Seli_vallavalitsus_Parnumaal, lk 21
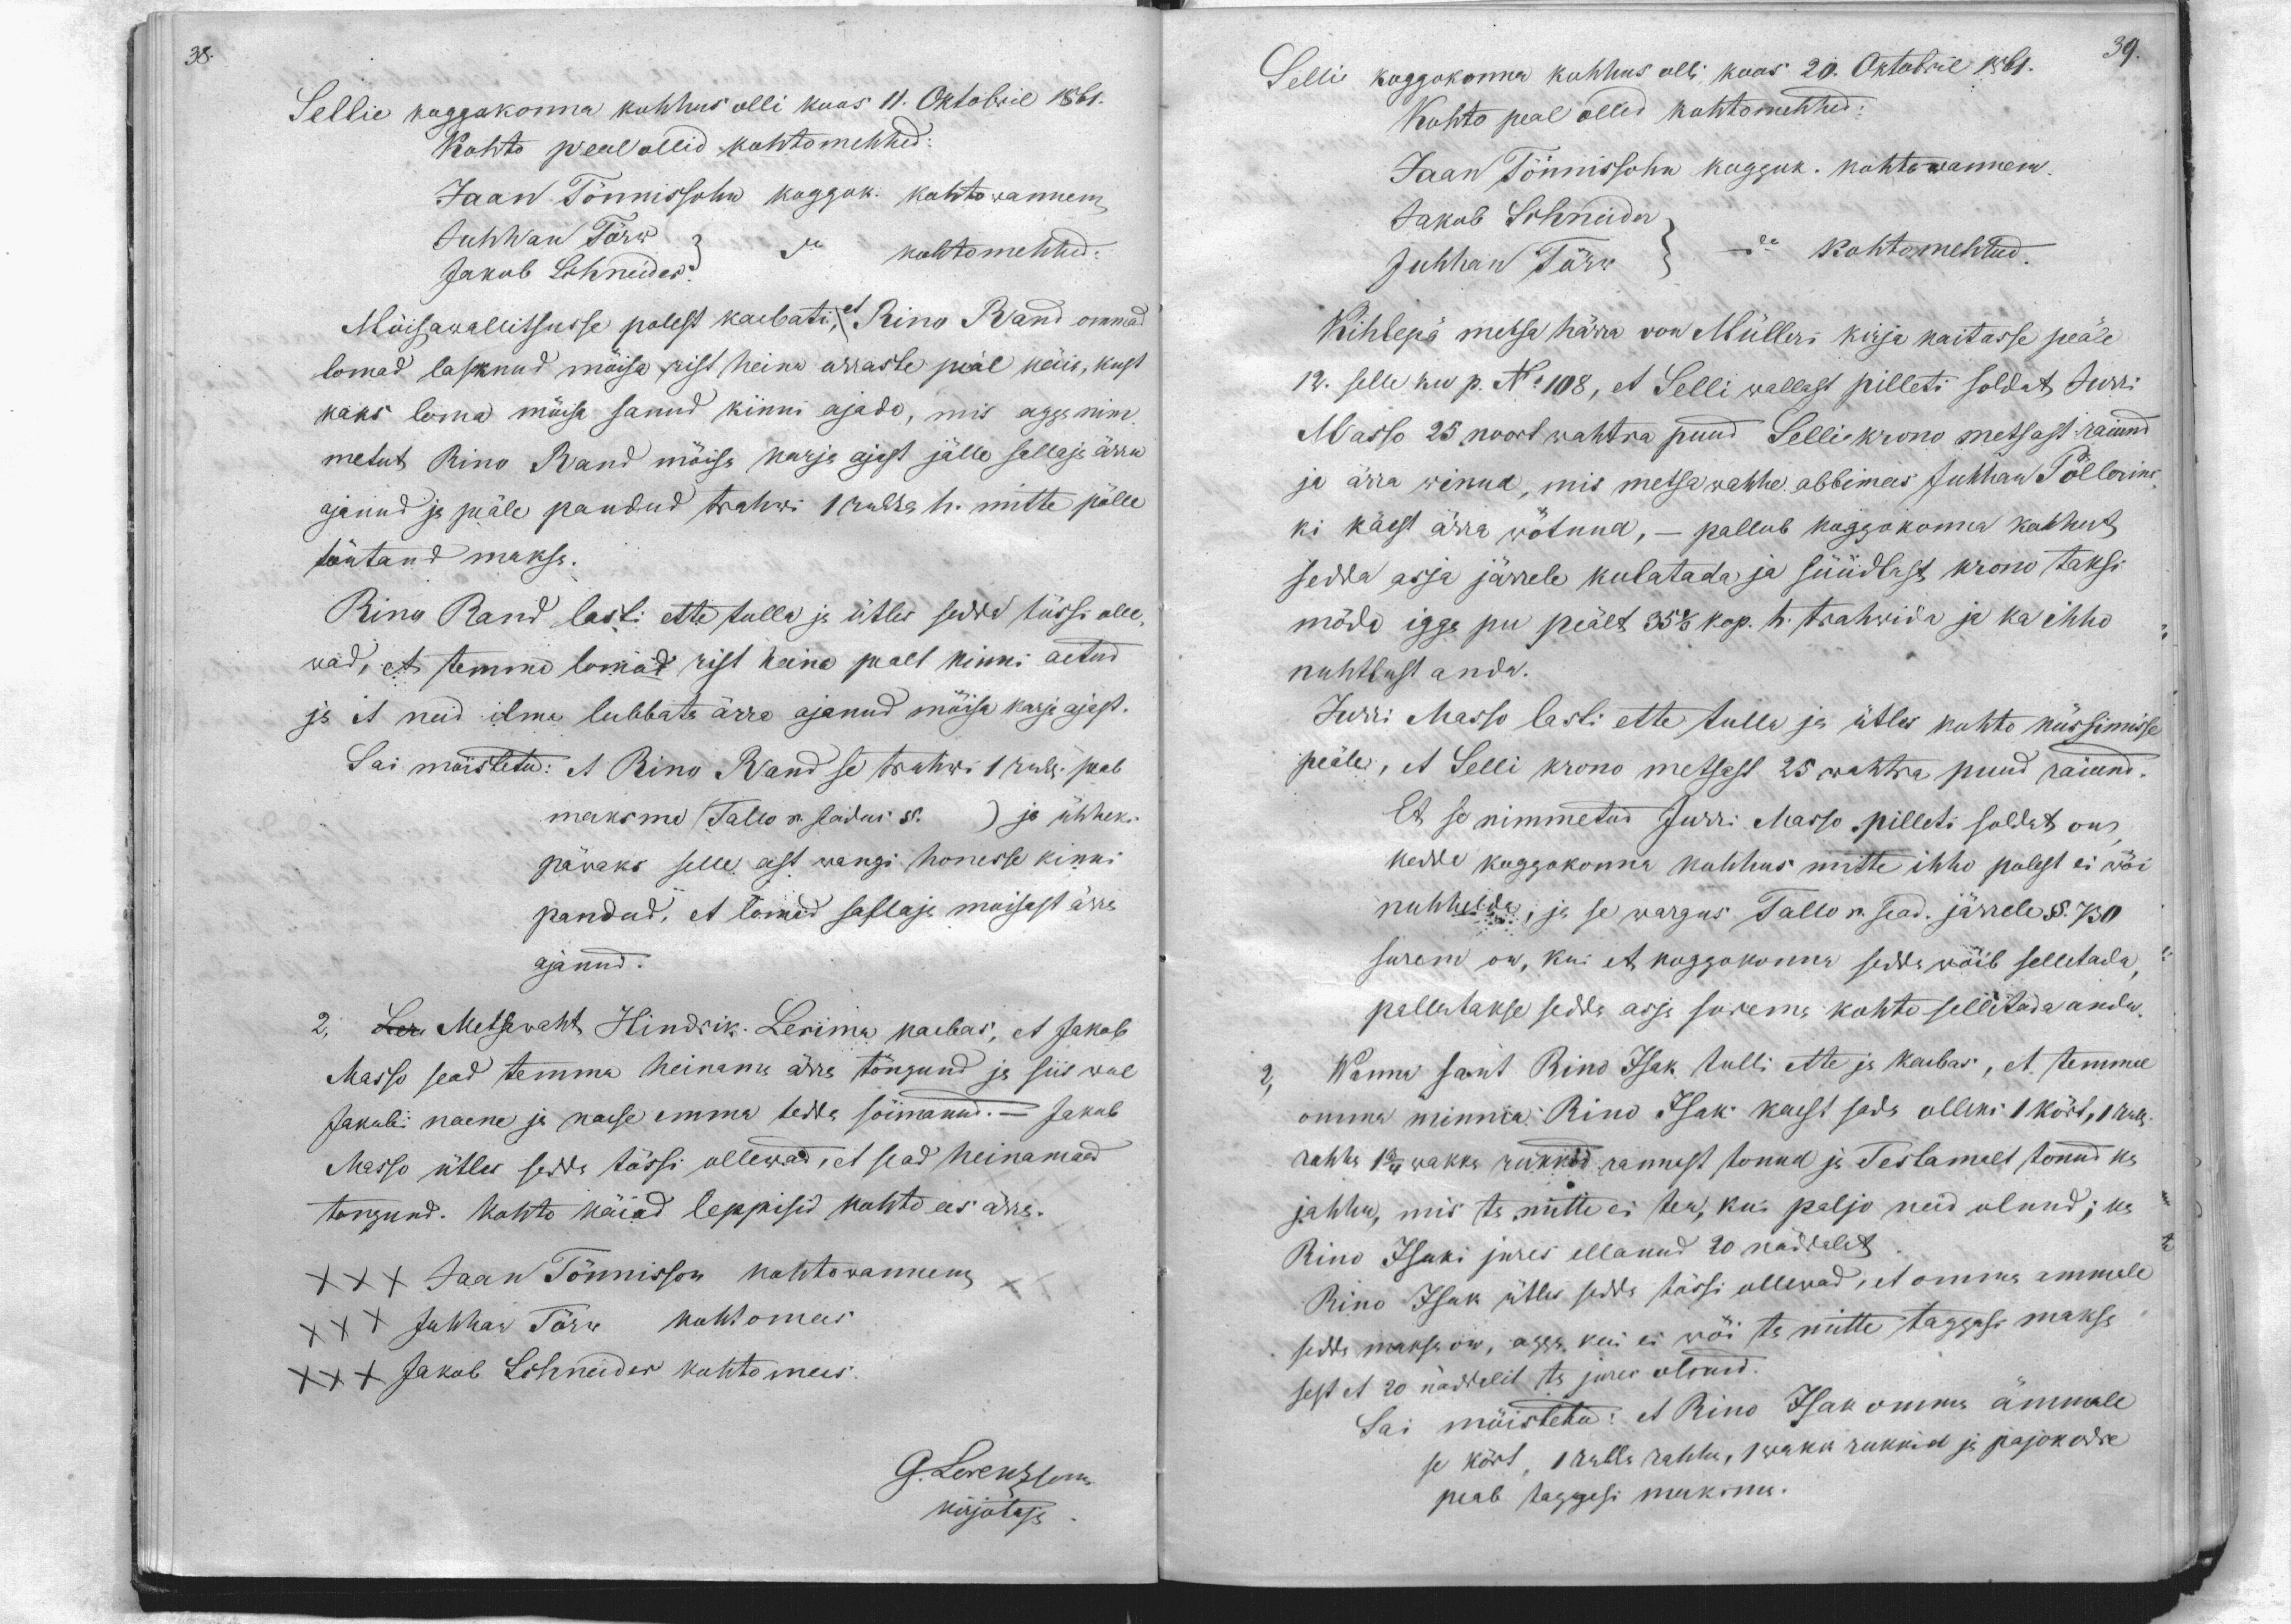
38.

Sellie koggokonna kohhus olli koos 11. Oktobril 1861.
Kohto peal ollid kohtomehhed:
Jaan Tönnissohn koggok. kohtowannem
Juhhan Törw
Jakob Schneider.
kohtomehhed
Möisawallitsusse polest kaebati et Rino Rand ommad
lomad lasknud möisa rist heina orraste peäl käia, kust
kaks loma möisa sanud kinni ajada, mis agga nim-
metut Rino Rand möisa karja ajast jälle sallaja ärra
ajanud ja peäle pandud trahwi 1 rubla h. mitte pölle
täutand maksa.
Rino Rand lasti ette tulla ja ütles sedda tössi olle-
wad, et temma lomad rist heina pealt kinni aetud
ja et neid ilma lubbata ärra ajanud mõisa karja ajast.
Sai möistetu: et Rino Rand se trahwi 1 rub. peab
maksma Tallo r. seadus § ) ja ühheks
päwaks selle eest wangi honesse kinni
pandud, et lomad sallaja moisast ärra
ajanud.
2. Ler Metsawaht Hindrik Lerima kaebas, et Jakob
Masso sead temma heinama ärra töngund ja siis weel
Jakobi naene ja naese emma teda söimanud. - Jakob
Masso ütles sedda tössi ollewad, et sead heinamaad
tengund. Kohto käiad leppisid kohto ees ärra.
XXX Jaan Tönnisson kohtowannem
XXX Juhhan Törw kohtomees
XXX Jakob Schneider kohtomees.
G.Lorenzsonn
kirjotaja

Selli koggokonna kohhus olli koos 20. Oktobril 1861.
39.
Kohto peal ollid kohtomehhed:
Jaan Tönnissohn kogguk. kohtowannem.
Jakob Schneider
Juhhan Törw
do kohtomehhed.
Kihlepä metsa härra von Mülleri kirja kaitasse peäle
12. selle ku p. No 108, et Selli wallast pilleti soldat Jurri
Masso 25 noort wahtra puud Selli krono metsast raiund
ja ärra winud, mis metsa wahhe abbimees Juhhan Pöllerins
ki käest ärra wötnud, - pallub koggokonna kohhut,
sedda asja järrele kulatada ja süüdlast krono taksi
möda igga pu peält 35 1/3 kop. h. trahwida ja ka ihho
nuhtlust anda.
Jürri Masso lasti ette tulla ja ütles kohto küssimisse
peäle, et Selli krono metsast 25 wahtra puud raiund.
Et se nimmetud Jurri Masso, pilleti soldat on
kedde koggokonna kohhus mitte ihhu polest ei wöi
nuhheldu, ja se wargus Tallo r. sead. järrele § 730
surem on, kui et koggokonna sedda wöib selletada,
pallutakse sedda asja surema kohto selletada anda.
Wanna sant Rino Isak tulli ette ja kaebas, et temma
omma minnia Rino Isak kaest sada olleks 1 kört, 1 rub.
rahha 1 3/4 wakka rukkid rannast tonud ja Testamalt tonud ka
jahhu, mis ta mitte ei tea, kui paljo neid olnud; ka
Rino Isaki jures ellanud 20 näddalat
Rino Isak ütles seda tössi ollewad, et omma ammale
sedda maksa on, agga kui ei wöi ta mitte taggasi maksa
sest et 20 näddalit ta jures olnud.
Sai mõistetu: et Rino Isak omma ämmale
se kört, 1 rubla rahha, 1 wakk rukkid ja pajokedre
peab taggasi maksma.